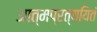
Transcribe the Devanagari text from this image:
आत्मप्रत्ययितं